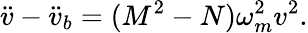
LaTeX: \ddot{v}-\ddot{v}_{b}=(M^{2}-N)\omega_{m}^{2}v^{2}.